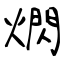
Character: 熌